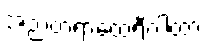
အညတရာထေရီဂါထာ